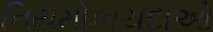
નિયમોકાયદાઓ